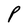
Character: P